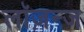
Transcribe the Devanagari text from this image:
लॉज़न्ज